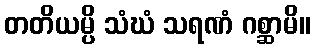
တတိယမ္ပိ သံဃံ သရဏံ ဂစ္ဆာမိ။